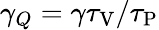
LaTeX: \gamma_{Q}={\gamma\tau_{\mathrm{V}}}/{\tau_{\mathrm{P}}}